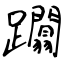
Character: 躢